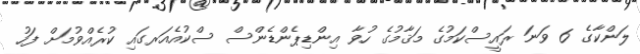
ލަންކާގެ 6 ވަނަ ރައީސްކަމުގެ މަޤާމުގެ ހުވާ އިންޑިޕެންޑެންސް ސްކުއެއަރގައި ކުރެއްވުމަށް ފަހު